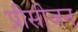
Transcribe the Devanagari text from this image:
प्रीसीजन